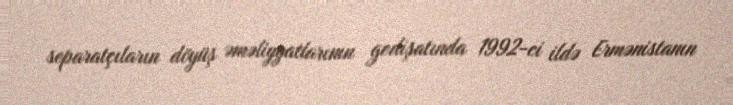
separatçıların döyüş əməliyyatlarının gedişatında 1992-ci ildə Ermənistanın